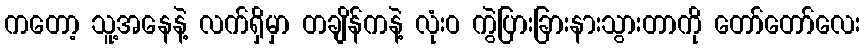
ကတော့ သူ့အနေနဲ့ လက်ရှိမှာ တချိန်ကနဲ့ လုံးဝ ကွဲပြားခြားနားသွားတာကို တော်တော်လေး